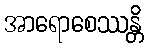
အာရောစေဿန္တိ